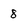
Character: 8